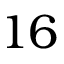
1 6